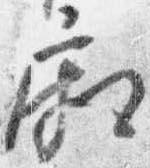
廂